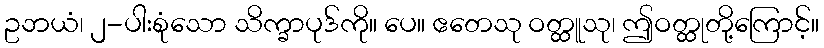
ဥဘယံ၊ ၂-ပါးစုံသော သိက္ခာပုဒ်ကို။ ပေ။ ဧတေသု ဝတ္ထူသု၊ ဤဝတ္ထုတို့ကြောင့်။